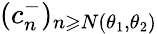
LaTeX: (c_{n}^{-})_{n\geqslant N(\theta_{1},\theta_{2})}